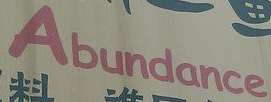
Abundance